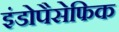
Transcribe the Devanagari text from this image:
इंडोपैसेफिक